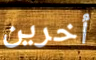
أخرين